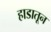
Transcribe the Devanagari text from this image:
हाडातून